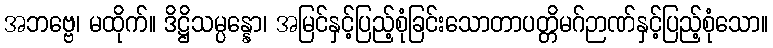
အဘဗ္ဗေ၊ မထိုက်။ ဒိဋ္ဌိသမ္ပန္နော၊ အမြင်နှင့်ပြည့်စုံခြင်းသောတာပတ္တိမဂ်ဉာဏ်နှင့်ပြည့်စုံသော။